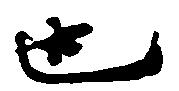
也